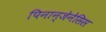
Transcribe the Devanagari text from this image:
पिनान्जेनेसिस